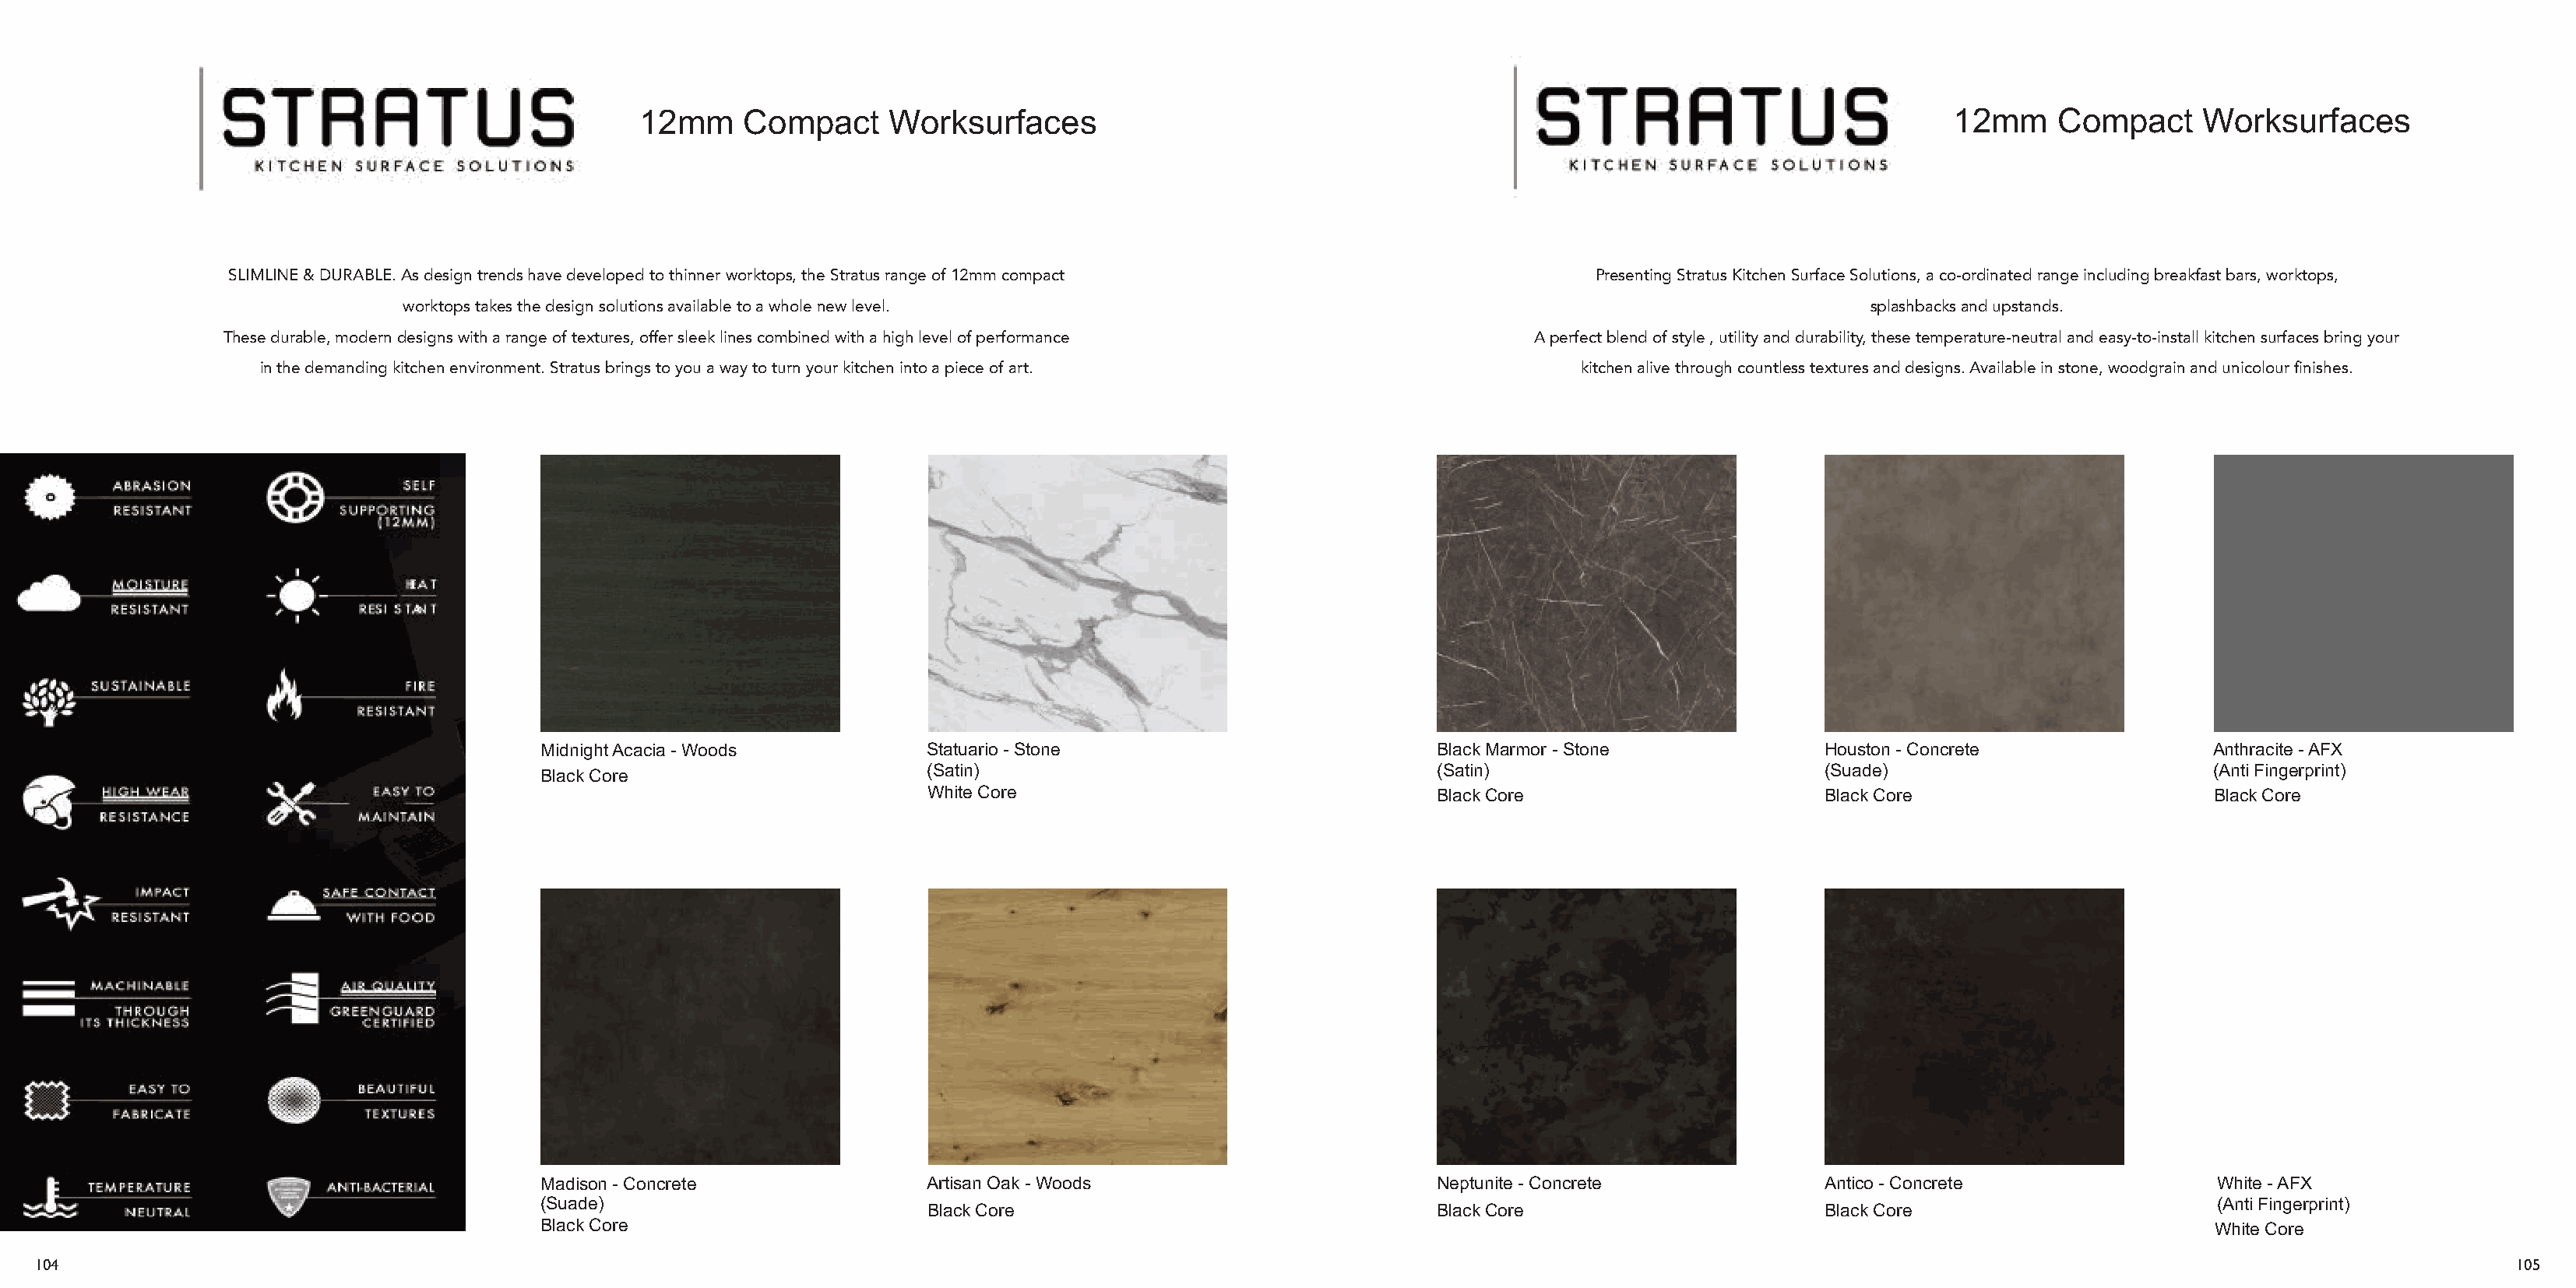
12mm     Compact      Worksurfaces                                                                              12mm     Compact     Worksurfaces
 SLIMLINE & DURABLE. As design trends have developed to thinner worktops, the Stratus range of 12mm compact           Presenting Stratus Kitchen Surface Solutions, a co-ordinated range including breakfast bars, worktops,
 worktops takes the design solutions available to a whole new level.                                                          splashbacks and upstands.
 These durable, modern designs with a range of textures, offer sleek lines combined with a high level of performance A perfect blend of style , utility and durability, these temperature-neutral and easy-to-install kitchen surfaces bring your
 in the demanding kitchen environment. Stratus brings to you a way to turn your kitchen into a piece of art.     kitchen alive through countless textures and designs. Available in stone, woodgrain and unicolour finishes.
 Midnight Acacia - Woods          Statuario - Stone                          Black Marmor - Stone             Houston - Concrete               Anthracite - AFX
 (Satin)                                    (Satin)                          (Suade)                          (Anti Fingerprint)
 Black Core
 White Core                                 Black Core                       Black Core                       Black Core
 Madison - Concrete               Artisan Oak - Woods                        Neptunite - Concrete             Antico - Concrete                White - AFX
 (Suade)                                                                                                                                       (Anti Fingerprint)
 Black Core                                 Black Core                       Black Core
 Black Core                                                                                                                                    White Core
 104                                                                                                                                                                                                                105